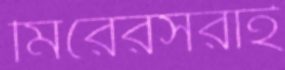
মিরেরসরাই